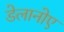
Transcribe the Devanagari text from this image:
डेलानोए